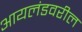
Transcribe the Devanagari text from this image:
आयलंडवरील